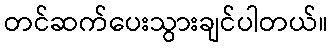
တင်ဆက်ပေးသွားချင်ပါတယ်။